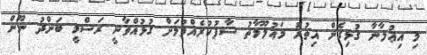
މި އިޢުލާނާ ގުޅިގެން އިތުރު މަޢުލޫމާތު ސާފުކުރެއްވުމަށް ގުޅުއްވާނީ ރަސްމީ ބަންދު ނޫން